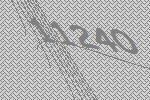
11240